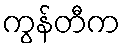
ကွန်တီက